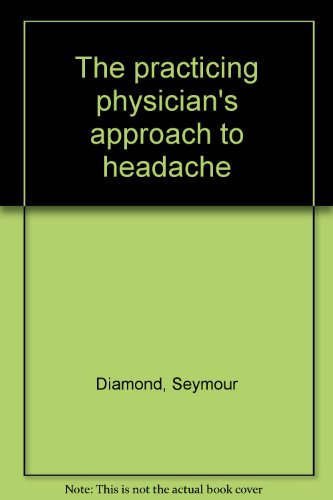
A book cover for The practicing physician's approach to headache; Seymour Diamond; Health, Fitness & Dieting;